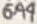
Text: 6A4